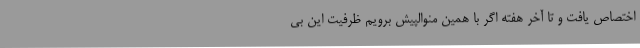
اختصاص یافت و تا آخر هفته اگر با همین منوالپیش برویم ظرفیت این بی